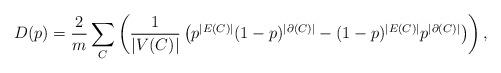
LaTeX: \begin{align*} D(p) = \frac 2 m \sum_{ C } \left( \frac 1 {|V(C)|} \left(p^{|E(C)|} (1-p)^{|\partial(C)|} - (1-p)^{|E(C)|} p^{|\partial(C)|} \right) \right),\end{align*}